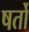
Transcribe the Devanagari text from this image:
षर्तो